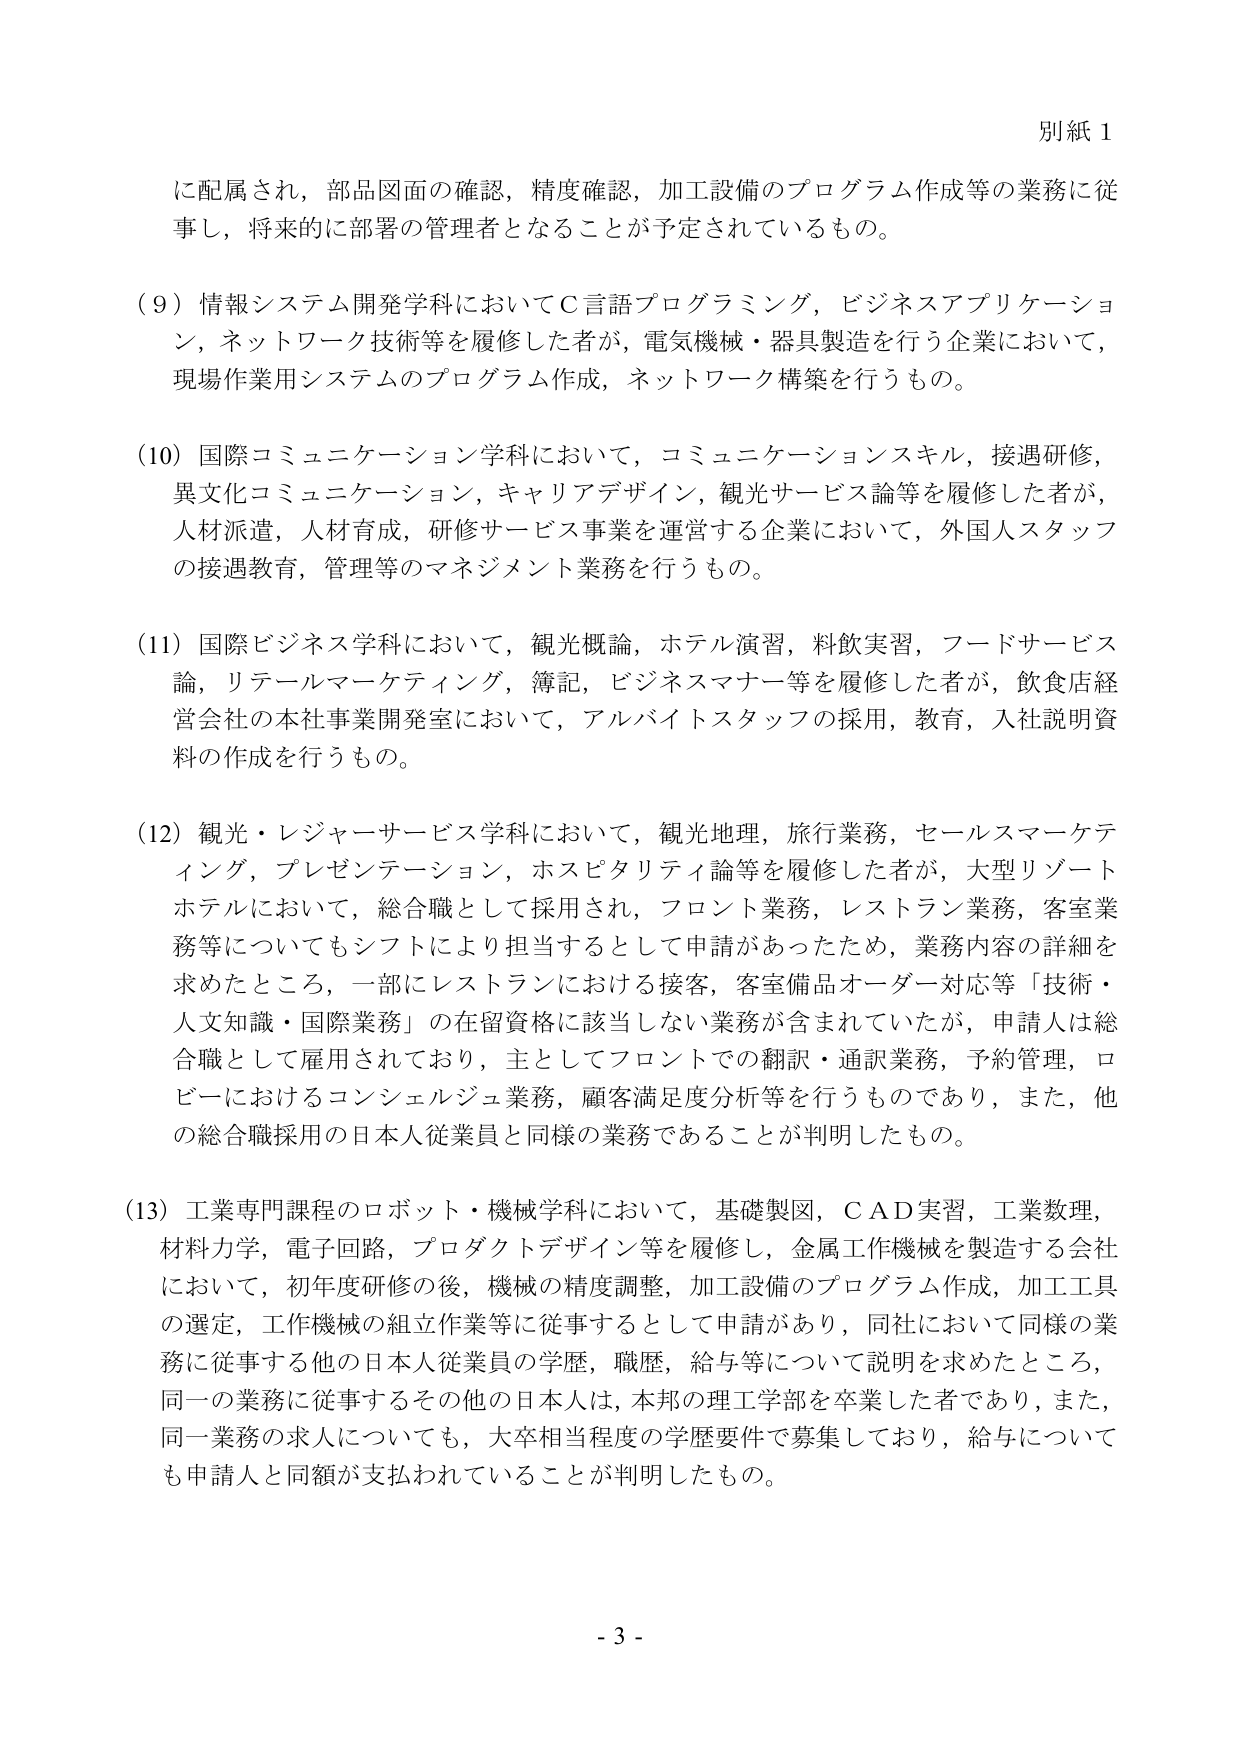
別紙１

に配属され，部品図面の確認，精度確認，加工設備のプログラム作成等の業務に従事し，将来的に部署の管理者となることが予定されているもの。

（９）情報システム開発学科においてＣ言語プログラミング，ビジネスアプリケーション，ネットワーク技術等を履修した者が，電気機械・器具製造を行う企業において，現場作業用システムのプログラム作成，ネットワーク構築を行うもの。

（10）国際コミュニケーション学科において，コミュニケーションスキル，接遇研修，異文化コミュニケーション，キャリアデザイン，観光サービス論等を履修した者が，人材派遣，人材育成，研修サービス事業を運営する企業において，外国人スタッフの接遇教育，管理等のマネジメント業務を行うもの。

（11）国際ビジネス学科において，観光概論，ホテル演習，料飲実習，フードサービス論，リテールマーケティング，簿記，ビジネスマナー等を履修した者が，飲食店経営会社の本社事業開発室において，アルバイトスタッフの採用，教育，入社説明資料の作成を行うもの。

（12）観光・レジャーサービス学科において，観光地理，旅行業務，セールスマーケティング，プレゼンテーション，ホスピタリティ論等を履修した者が，大型リゾートホテルにおいて，総合職として採用され，フロント業務，レストラン業務，客室業務等についてもシフトにより担当するとして申請があったため，業務内容の詳細を求めたところ，一部にレストランにおける接客，客室備品オーダー対応等「技術・人文知識・国際業務」の在留資格に該当しない業務が含まれていたが，申請人は総合職として雇用されており，主としてフロントでの翻訳・通訳業務，予約管理，ロビーにおけるコンシェルジュ業務，顧客満足度分析等を行うものであり，また，他の総合職採用の日本人従業員と同様の業務であることが判明したもの。

（13）工業専門課程のロボット・機械学科において，基礎製図，ＣＡＤ実習，工業数理，材料力学，電子回路，プロダクトデザイン等を履修し，金属工作機械を製造する会社において，初年度研修の後，機械の精度調整，加工設備のプログラム作成，加工工具の選定，工作機械の組立作業等に従事するとして申請があり，同社において同様の業務に従事する他の日本人従業員の学歴，職歴，給与等について説明を求めたところ，同一の業務に従事するその他の日本人は，本邦の理工学部を卒業した者であり，また，同一業務の求人についても，大卒相当程度の学歴要件で募集しており，給与についても申請人と同額が支払われていることが判明したもの。

- 3 -